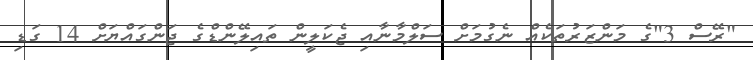
"ރޭސް 3"ގެ މަންޒަރުތަކެއް ނެގުމަށް ސަލްމާނާއި ޖެކަލީން ތައިލޭންޑްގެ ޖަންގައްޔަށް 14 ގަޑި